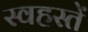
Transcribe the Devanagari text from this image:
स्वहस्तें